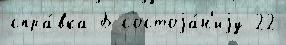
спра́вка Б состоjа́н'иjу 22